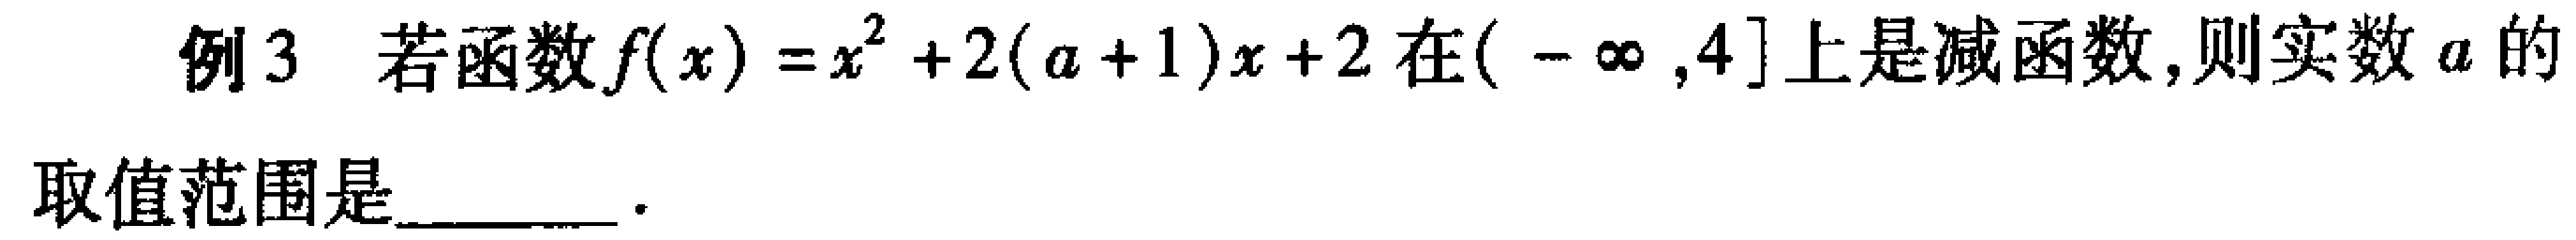
例3 若函数\(f(x)=x^{2}+2(a + 1)x + 2\)在\((-\infty,4]\)上是减函数,则实数\(a\)的

取值范围是________.